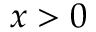
x > 0